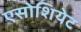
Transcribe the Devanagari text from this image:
एसोशियेट